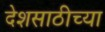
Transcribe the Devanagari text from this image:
देशसाठीच्या